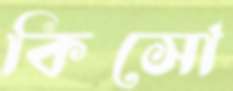
কিসো